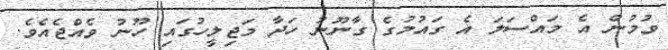
ވުމުން އެ މައްސަލަ އެ ގައުމުގެ ގާނޫނު ހަދާ މަޖިލީހުގައި ހޫނު ވެއްޖެއެވެ.